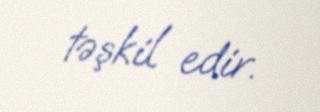
təşkil edir.